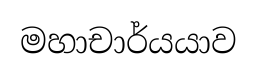
මහාචාර්යයාව